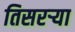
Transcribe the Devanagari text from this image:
तिसरऱ्या